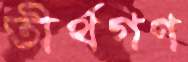
তীর্থগণ